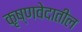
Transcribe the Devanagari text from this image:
कृष्णवेदातील